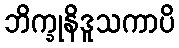
ဘိက္ခုနိဒူသကာပိ